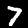
Digit: 7